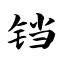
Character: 铛